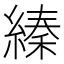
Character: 縥